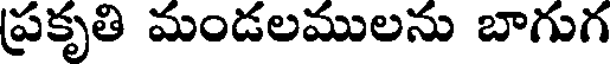
ప్రకృతి మండలములను బాగుగ